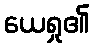
ယေရှု၏